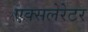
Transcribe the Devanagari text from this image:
एक्सलेरेटर